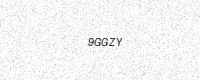
Text: 9GGZY